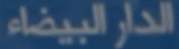
الدار البيضاء